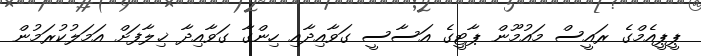
ޕީޕީއެމްގެ ރައީސް މައުމޫން ޕާޓީގެ އަސާސީ ގަވާއިދާއި ހިންގާ ގަވާއިދާ ޚިލާފަށް އަމަލުކުރަމުން